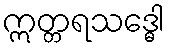
ဣတ္တရသဒ္ဓေါ